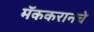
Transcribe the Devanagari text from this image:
मॅककरानचे